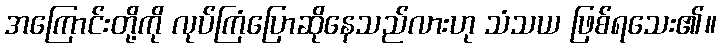
အကြောင်းတို့ကို လုပ်ကြံပြောဆိုနေသည်လားဟု သံသယ ဖြစ်ရသေး၏။